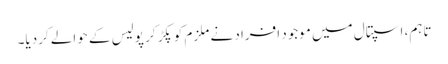
تاہم، اسپتال میں موجود افراد نے ملزم کوپکڑ کر پولیس کے حوالے کردیا۔